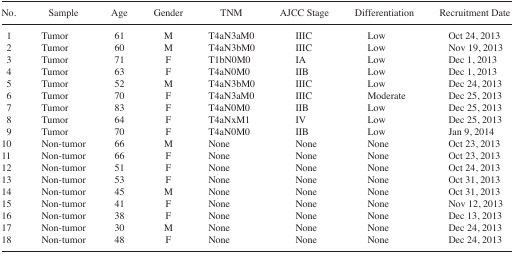
| No. | Sample | Age | Gender | TNM | AJCC Stage | Differentiation | Recruitment Date |
 | --- | --- | --- | --- | --- | --- | --- | --- |
 | 1 | Tumor | 61 | M | T4aN3aM0 | IIIC | Low | Oct 24, 2013 |
 | 2 | Tumor | 60 | M | T4aN3bM0 | IIIC | Low | Nov 19, 2013 |
 | 3 | Tumor | 71 | F | T1bN0M0 | IA | Low | Dec 1, 2013 |
 | 4 | Tumor | 63 | F | T4aN0M0 | IIB | Low | Dec 1, 2013 |
 | 5 | Tumor | 52 | M | T4aN3bM0 | IIIC | Low | Dec 24, 2013 |
 | 6 | Tumor | 70 | F | T4aN3aM0 | IIIC | Moderate | Dec 25, 2013 |
 | 7 | Tumor | 83 | F | T4aN0M0 | IIB | Low | Dec 25, 2013 |
 | 8 | Tumor | 64 | F | T4aNxM1 | IV | Low | Dec 25, 2013 |
 | 9 | Tumor | 70 | F | T4aN0M0 | IIB | Low | Jan 9, 2014 |
 | 10 | Non-tumor | 66 | M | None | None | None | Oct 23, 2013 |
 | 11 | Non-tumor | 66 | F | None | None | None | Oct 23, 2013 |
 | 12 | Non-tumor | 51 | F | None | None | None | Oct 24, 2013 |
 | 13 | Non-tumor | 53 | F | None | None | None | Oct 31, 2013 |
 | 14 | Non-tumor | 45 | M | None | None | None | Oct 31, 2013 |
 | 15 | Non-tumor | 41 | F | None | None | None | Nov 12, 2013 |
 | 16 | Non-tumor | 38 | F | None | None | None | Dec 13, 2013 |
 | 17 | Non-tumor | 30 | M | None | None | None | Dec 24, 2013 |
 | 18 | Non-tumor | 48 | F | None | None | None | Dec 24, 2013 |